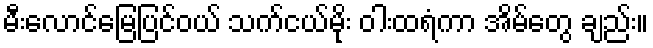
မီးလောင်မြေပြင်ဝယ် သက်ငယ်မိုး ဝါးထရံကာ အိမ်တွေ ချည်း။